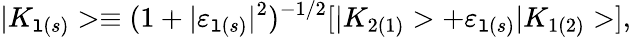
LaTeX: |K_{\mathtt{l}(s)}>\equiv(1+|{\varepsilon}_{\mathtt{l}(s)}|^{2})^{-1/2}[|K_{2(1)}>+{\varepsilon}_{\mathtt{l}(s)}|K_{1(2)}>],